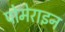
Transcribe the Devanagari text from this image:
पोमेराइन